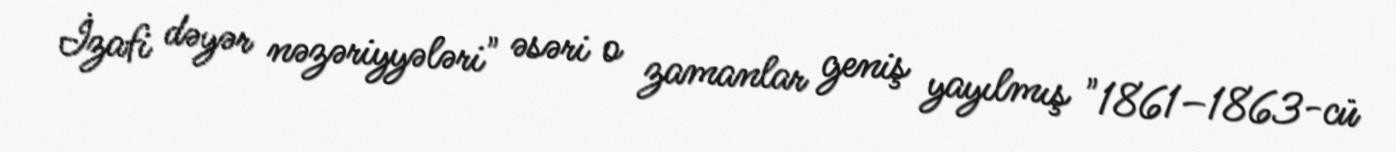
İzafi dəyər nəzəriyyələri" əsəri o zamanlar geniş yayılmış "1861–1863-cü